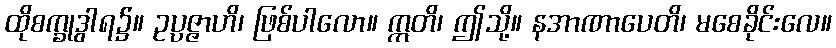
ထိုစက္ခုဒွါရ၌။ ဥပ္ပဇ္ဇာဟိ၊ ဖြစ်ပါလော။ ဣတိ၊ ဤသို့။ နအာဏာပေတိ၊ မစေခိုင်းလေ။